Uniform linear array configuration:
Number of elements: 4
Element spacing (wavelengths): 1
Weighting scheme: cosine
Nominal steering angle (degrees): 60
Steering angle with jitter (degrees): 58.019
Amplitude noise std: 0.05
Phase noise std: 0.05

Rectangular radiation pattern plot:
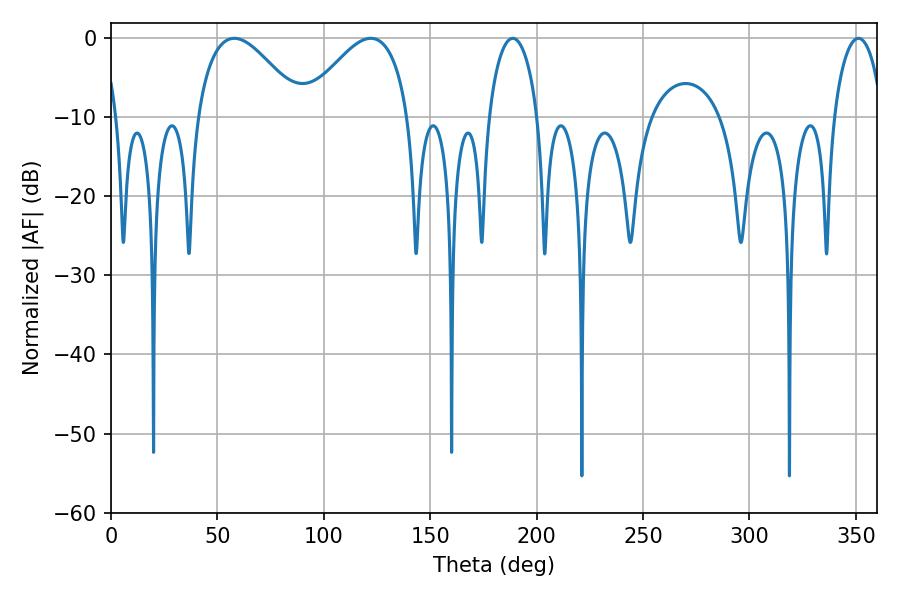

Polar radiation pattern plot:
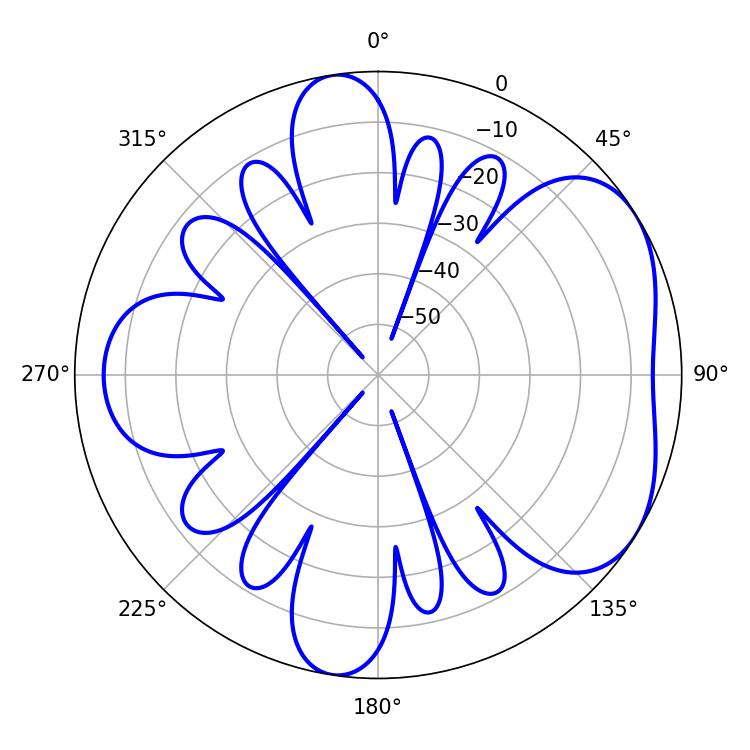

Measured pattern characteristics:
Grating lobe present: TRUE
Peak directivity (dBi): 4.77
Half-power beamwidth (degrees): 27
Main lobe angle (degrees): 122.04